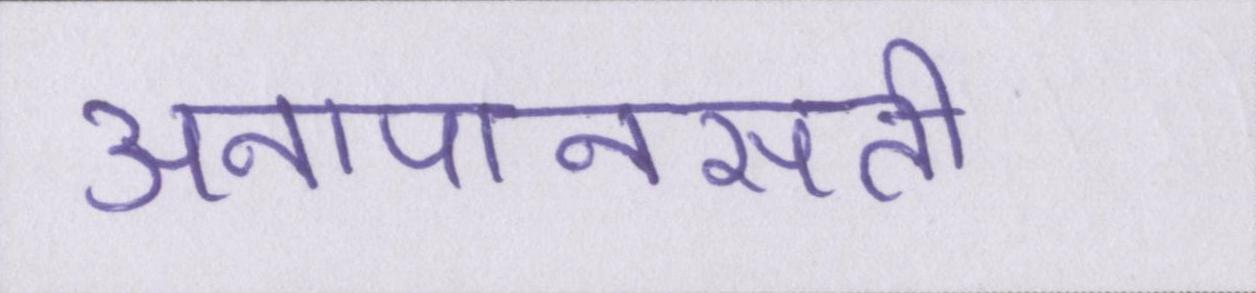
अनापानसती